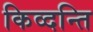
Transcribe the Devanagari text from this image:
किव्दन्ति